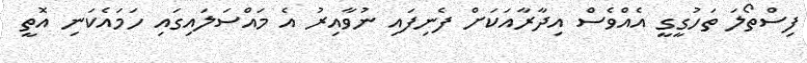
ފިސްތޯލަ ތަހުގީގީ އެއްވެސް އިދާރާއަކަށް ފެނިފައި ނުވާއިިރު އެ މައްސަލައިގައި ހަމައެކަނި އޮތީ